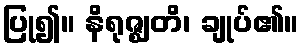
ပြု၍။ နိရုဇ္ဈတိ၊ ချုပ်၏။